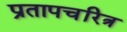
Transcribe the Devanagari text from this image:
प्रतापचरित्र